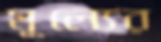
মূল্যের